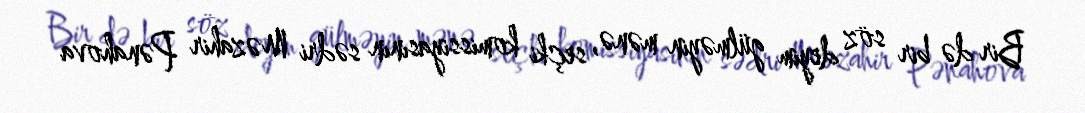
Bir də bir söz deyim gülməyin mənə, seçki komissiyasının sədri Məzahir Pənahova